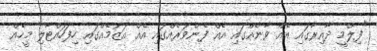
"ފިލްމީ ދާއިރާގައި އެއް ވާނެއްގައި އެއް ފެންވަރެއްގައި އެއް އަޒުމެއްގައި ހިފަހައްޓާލި މީހެއް